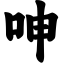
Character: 呻